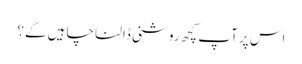
اس پر آپ کچھ روشنی ڈالنا چاہیں گے؟